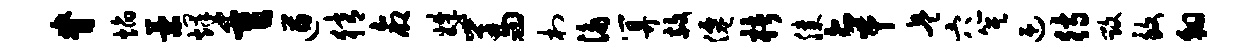
脊焰策烽重遒猜命姝羞村泳算赦仙楮膝卓兵穴箕迎待毁致翱